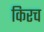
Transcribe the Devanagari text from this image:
किरच